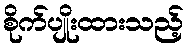
စိုက်ပျိုးထားသည့်